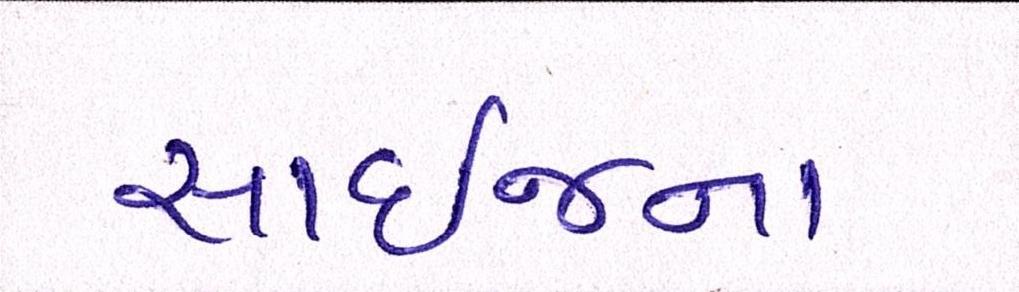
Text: સાઈજના